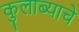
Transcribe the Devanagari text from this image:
कुलाब्याचे